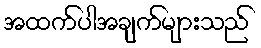
အထက်ပါအချက်များသည်